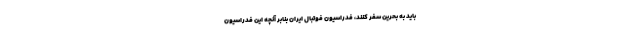
باید به بحرین سفر کنند، فدراسیون فوتبال ایران بنابر آنچه این فدراسیون